Investigations on Bengal jail dietaries - Number 37
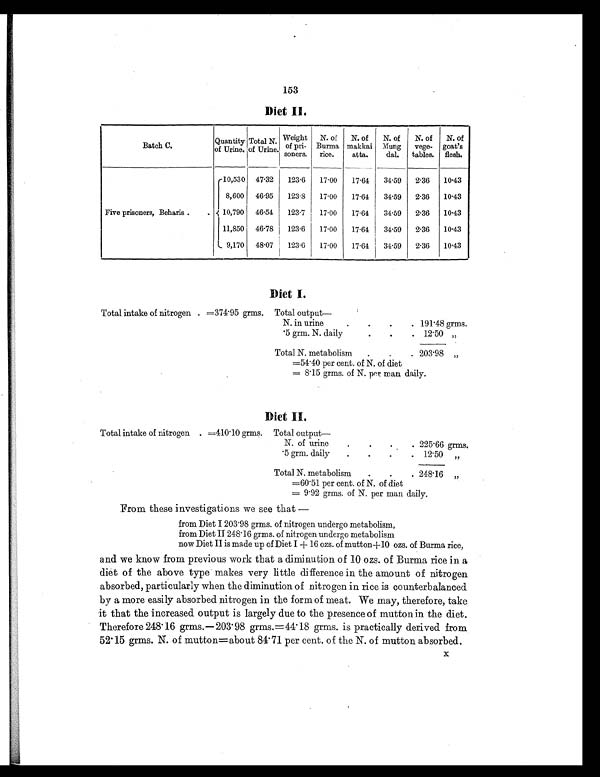
153
Diet II.
Batch C.
Quantity
of Urine.
Total N.
of Urine.
Weight
of pri-
soners.
N. of
Burma
rice.
N. of
makkai
atta.
N. of
Mung
dal.
N. of
vege-
tables.
N. of
goat's
flesh.
Five prisoners, Beharis .
.
10,530 47.32 123.6 17.00 17.64 34.59 2.36 10.43
8,600 46.95 123.8 17.00 17.64 34.59 2.36 10.43
10,790 46.54 123.7 17.00 17.64 34.59 2.36 10.43
11,850 46.78 123.6 17.00 17.64 34.59 2.36 10.43
9,170 48.07 123.6 17.00 17.64 34.59 2.36 10.43
Diet I.
Total intake of nitrogen . =374.95 grms. Total output —
N. in urine
.
.
.
. 191.48 grms.
.5 grm. N. daily
.
.
. 12.50 „
Total N. metabolism
.
.
. 203.98 „
=54.40 per cent. of N. of diet
=8.15 grms. of N. per man daily.
Diet II.
Total intake of nitrogen . =410.10 grms. Total output —
N. of urine
.
.
.
. 225.66 grms.
.5 grm. daily
.
.
.
. 12.50 „
Total N. metabolism
.
.
. 248.16 „
=60.51 per cent. of N. of diet
= 9.92 grms. of N. per man daily.
From these investigations we see that
—
from Diet I 203.98 grms. of nitrogen undergo metabolism,
from Diet II 248.16 grms. of nitrogen undergo metabolism
now Diet II is made up of Diet I + 16 ozs. of mutton + 10 ozs. of Burma rice,
and we know from previous work that a diminution of 10 ozs. of Burma rice in a
diet of the above type makes very little difference in the amount of nitrogen
absorbed, particularly when the diminution of nitrogen in rice is counterbalanced
by a more easily absorbed nitrogen in the form of meat. We may, therefore, take
it that the increased output is largely due to the presence of mutton in the diet.
Therefore 248.16 grms.—203.98 grms.=44.18 grms. is practically derived from
52.15 grms. N. of mutton=about 84.71 per cent. of the N. of mutton absorbed. X